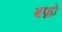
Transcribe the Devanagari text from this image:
बफ़ो